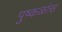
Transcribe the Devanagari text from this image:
पुष्कळांस